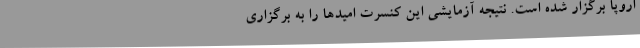
اروپا برگزار شده است. نتیجه آزمایشی این کنسرت امیدها را به برگزاری